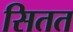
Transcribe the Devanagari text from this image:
सितत